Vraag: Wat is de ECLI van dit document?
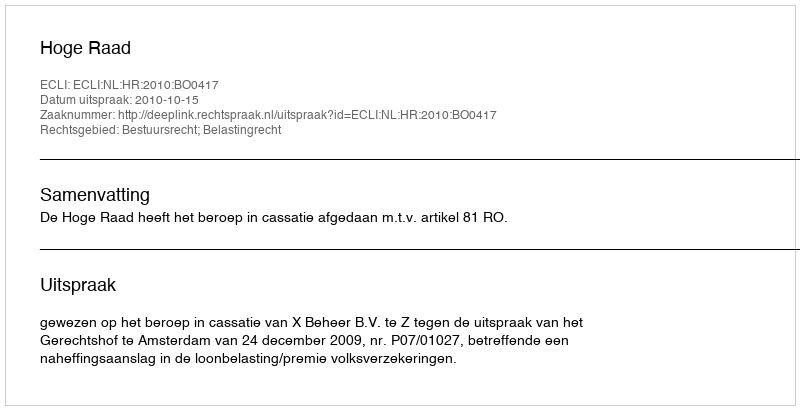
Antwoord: ECLI:NL:HR:2010:BO0417